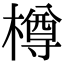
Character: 樽